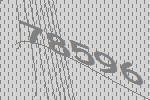
78596